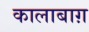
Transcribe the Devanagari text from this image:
कालाबाग़